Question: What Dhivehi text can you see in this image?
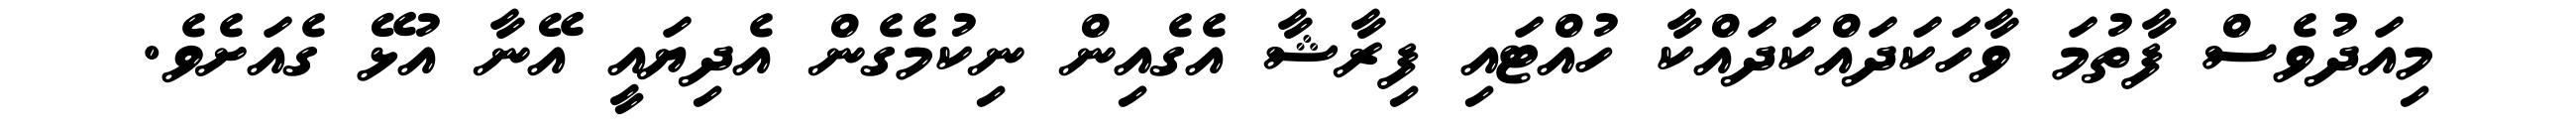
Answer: މިއަދުވެސް ފާތުމަ ވާހަކަދައްކަދައްކާ ހުއްޓައި ފިރާޝާ އެގެއިން ނިކުމެގެން އެދިޔައީ އޭނާ އުޅޭ ގެއަށެވެ.